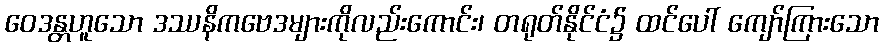
ဝေဒန္တဟူသော ဒဿနိကဗေဒများကိုလည်းကောင်း၊ တရုတ်နိုင်ငံ၌ ထင်ပေါ် ကျော်ကြားသော